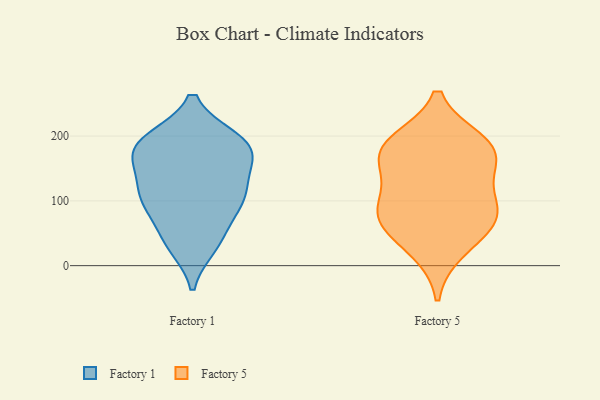
{"axis": {"x": "Humidity (%)", "y": "Value"}, "legend": ["Factory 1", "Factory 5"], "data": [{"x": "", "y": 126, "type": "Factory 1"}, {"x": "", "y": 172, "type": "Factory 1"}, {"x": "", "y": 168, "type": "Factory 1"}, {"x": "", "y": 195, "type": "Factory 1"}, {"x": "", "y": 38, "type": "Factory 1"}, {"x": "", "y": 195, "type": "Factory 1"}, {"x": "", "y": 166, "type": "Factory 1"}, {"x": "", "y": 191, "type": "Factory 1"}, {"x": "", "y": 103, "type": "Factory 1"}, {"x": "", "y": 114, "type": "Factory 1"}, {"x": "", "y": 91, "type": "Factory 1"}, {"x": "", "y": 97, "type": "Factory 1"}, {"x": "", "y": 31, "type": "Factory 1"}, {"x": "", "y": 155, "type": "Factory 1"}, {"x": "", "y": 42, "type": "Factory 1"}, {"x": "", "y": 101, "type": "Factory 1"}, {"x": "", "y": 194, "type": "Factory 1"}, {"x": "", "y": 183, "type": "Factory 5"}, {"x": "", "y": 131, "type": "Factory 5"}, {"x": "", "y": 174, "type": "Factory 5"}, {"x": "", "y": 76, "type": "Factory 5"}, {"x": "", "y": 25, "type": "Factory 5"}, {"x": "", "y": 64, "type": "Factory 5"}, {"x": "", "y": 93, "type": "Factory 5"}, {"x": "", "y": 171, "type": "Factory 5"}, {"x": "", "y": 77, "type": "Factory 5"}, {"x": "", "y": 190, "type": "Factory 5"}]}